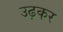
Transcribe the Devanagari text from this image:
उढ़कर